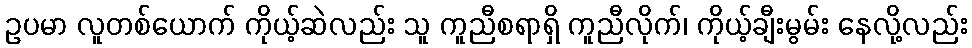
ဥပမာ လူတစ်ယောက် ကိုယ့်ဆဲလည်း သူ ကူညီစရာရှိ ကူညီလိုက်၊ ကိုယ့်ချီးမွမ်း နေလို့လည်း